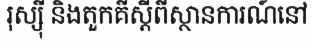
រុស្ស៊ី និងតួកគីស្តីពីស្ថានការណ៍នៅ